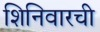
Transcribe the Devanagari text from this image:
शिनिवारची